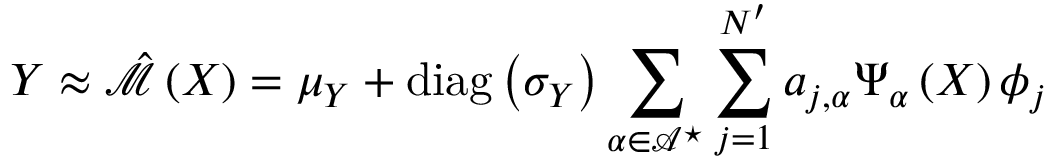
\boldsymbol { Y } \approx \hat { \mathcal { M } } \left( \boldsymbol { X } \right) = \boldsymbol { \mu _ { \boldsymbol { Y } } } + \operatorname { d i a g } \left( \boldsymbol { \sigma _ { \boldsymbol { Y } } } \right) \sum _ { \boldsymbol { \alpha } \in \mathcal { A } ^ { \star } } \sum _ { j = 1 } ^ { N ^ { \prime } } a _ { j , \boldsymbol { \alpha } } \Psi _ { \boldsymbol { \alpha } } \left( \boldsymbol { X } \right) \boldsymbol { \phi } _ { j }